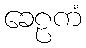
ခေဠကံ